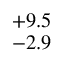
^ { + 9 . 5 } _ { - 2 . 9 }